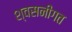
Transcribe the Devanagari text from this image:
श्वसनीगत